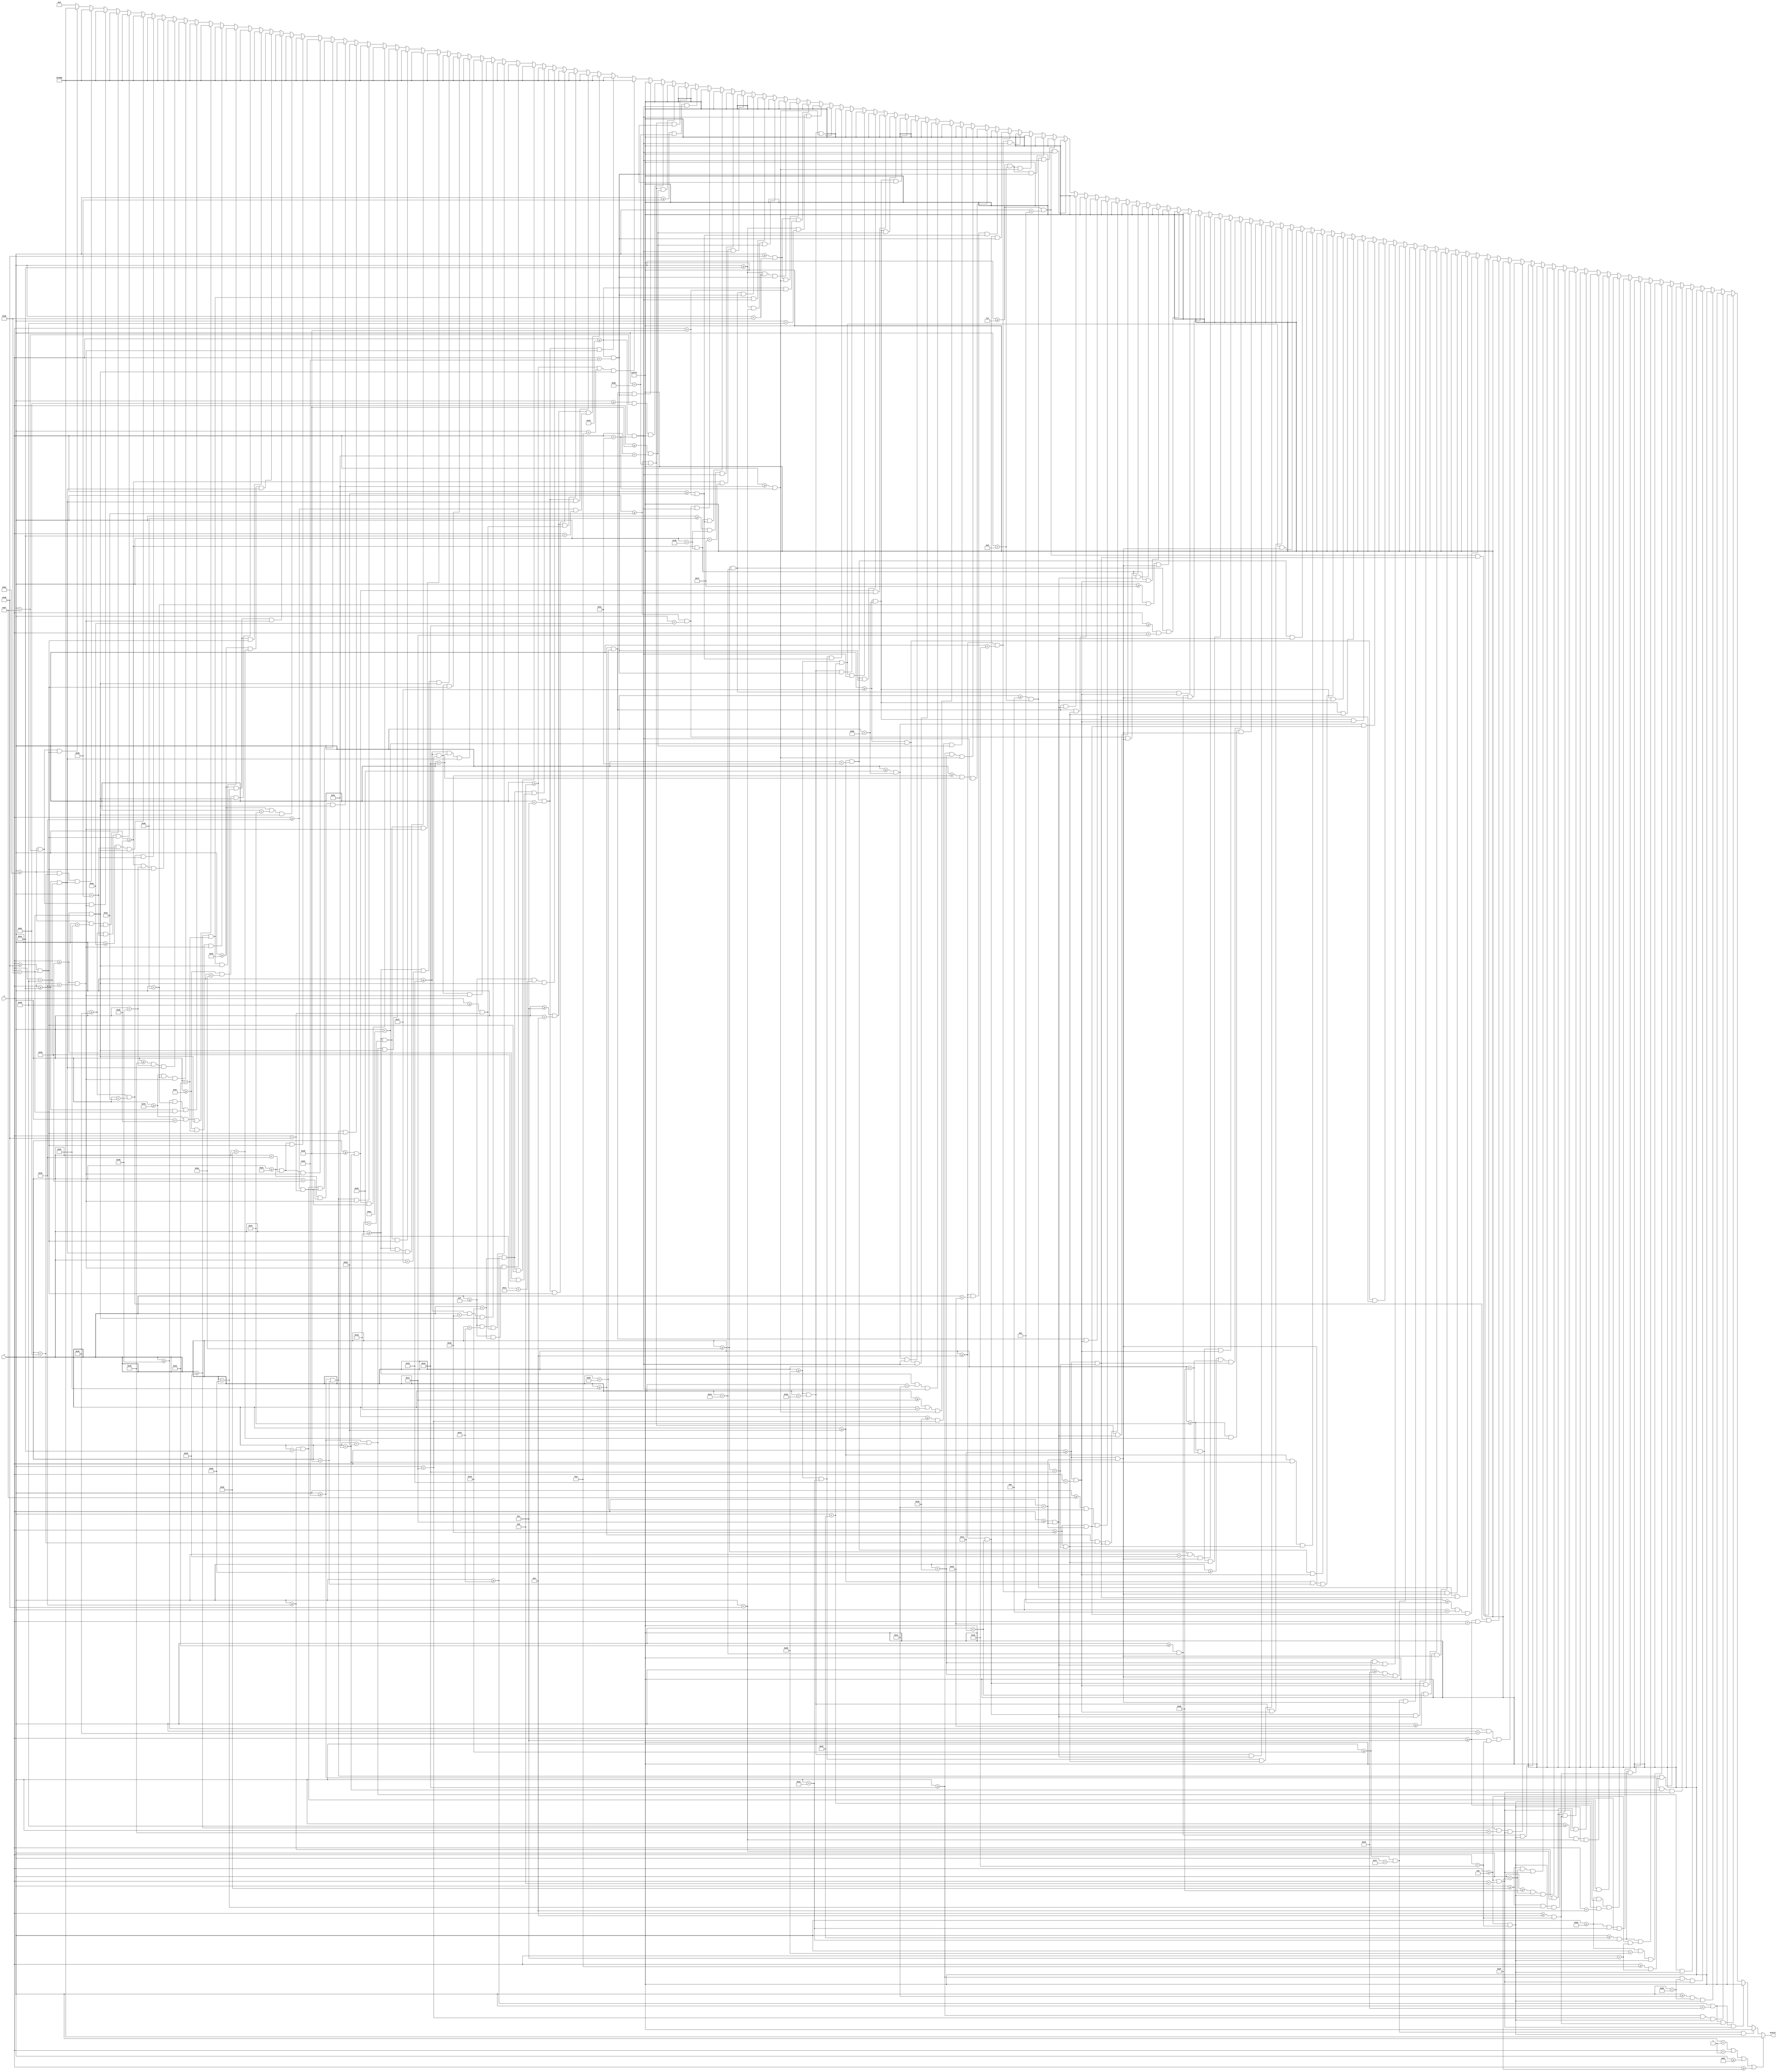
`timescale 1ns / 1ps
//////////////////////////////////////////////////////////////////////////////////
// Company: 
// Engineer: 
// 
// Design Name: 
// Module Name: m2_pretext_scrn
// Project Name: 
// Target Devices: 
// Tool Versions: 
// Description: 
// 
// Dependencies: 
// 
// Revision:
// Revision 0.01 - File Created
// Additional Comments:
// 
//////////////////////////////////////////////////////////////////////////////////


module m2_pretext_scrn(
    input [6:0] x,
    input [5:0] y,
    output reg [15:0] pixels
    );
    
    always @ (*) begin
             if (x < 1 || y < 1 || x >= 95 || y >= 63)                  pixels = 16'hF800;
             
//             M2 pretext
        else if ((x >= 19+2 && x < 19+4) && (y >= 6 && y < 6+10))       pixels = 16'hFFFF;
        else if ((x >= 19 && x < 19+6)   && (y >= 6 && y < 6+2))        pixels = 16'hFFFF;
        else if ((x >= 19 && x < 19+6)   && (y >= 6+8 && y < 6+10))     pixels = 16'hFFFF;
        else if ((x >= 26 && x < 26+2)   && (y >= 6 && y < 6+10))       pixels = 16'hFFFF;
        else if ((x >= 26+4 && x < 26+6) && (y >= 6 && y < 6+10))       pixels = 16'hFFFF;
        else if ((x >= 26 && x < 26+6)   && (y >= 6 && y < 6+2))        pixels = 16'hFFFF;
        else if ((x >= 36 && x < 36+2)   && (y >= 6 && y < 6+10))       pixels = 16'hFFFF;
        else if ((x >= 36 && x < 36+6)   && (y >= 6 && y < 6+2))        pixels = 16'hFFFF;
        else if ((x >= 36 && x < 36+4)   && (y >= 6+4 && y < 6+6))      pixels = 16'hFFFF;
        else if ((x >= 43 && x < 43+2)   && (y >= 6 && y < 6+10))       pixels = 16'hFFFF;
        else if ((x >= 43+4 && x < 43+6) && (y >= 6 && y < 6+6))        pixels = 16'hFFFF;
        else if ((x >= 43+4 && x < 43+6) && (y >= 6+8 && y < 6+10))     pixels = 16'hFFFF;
        else if ((x >= 43 && x < 43+6)   && (y >= 6 && y < 6+2))        pixels = 16'hFFFF;
        else if ((x >= 43 && x < 43+4)   && (y >= 6+6 && y < 6+8))      pixels = 16'hFFFF;
        else if ((x >= 50 && x < 50+2)   && (y >= 6 && y < 6+10))       pixels = 16'hFFFF;
        else if ((x >= 50+4 && x < 50+6) && (y >= 6 && y < 6+10))       pixels = 16'hFFFF;
        else if ((x >= 50 && x < 50+6)   && (y >= 6 && y < 6+2))        pixels = 16'hFFFF;
        else if ((x >= 50 && x < 50+6)   && (y >= 6+8 && y < 6+10))     pixels = 16'hFFFF;
        else if ((x >= 57 && x < 57+2)   && (y >= 6 && y < 6+10))       pixels = 16'hFFFF;
        else if ((x >= 57+4 && x < 57+6) && (y >= 6 && y < 6+10))       pixels = 16'hFFFF;
        else if ((x >= 57 && x < 57+6)   && (y >= 6 && y < 6+2))        pixels = 16'hFFFF;
        else if ((x >= 64+2 && x < 64+4) && (y >= 6 && y < 6+10))       pixels = 16'hFFFF;
        else if ((x >= 64 && x < 64+6)   && (y >= 6 && y < 6+2))        pixels = 16'hFFFF;
        else if ((x >= 72   && x < 72+2) && (y >= 12   && y < 12+4))    pixels = 16'hFFFF;
        else if ((x >= 72+2 && x < 72+4) && (y >= 12 && y < 12+6))      pixels = 16'hFFFF;
        else if ((x >= 7   && x < 7+2) && (y >= 20   && y < 20+6))      pixels = 16'hFFFF;
        else if ((x >= 7+2 && x < 7+4) && (y >= 20+4 && y < 20+10))     pixels = 16'hFFFF;
        else if ((x >= 7+4 && x < 7+6) && (y >= 20   && y < 20+6))      pixels = 16'hFFFF;
        else if ((x >= 14 && x < 14+2)   && (y >= 20 && y < 20+10))     pixels = 16'hFFFF;
        else if ((x >= 14+4 && x < 14+6) && (y >= 20 && y < 20+10))     pixels = 16'hFFFF;
        else if ((x >= 14 && x < 14+6)   && (y >= 20 && y < 20+2))      pixels = 16'hFFFF;
        else if ((x >= 14 && x < 14+6)   && (y >= 20+8 && y < 20+10))   pixels = 16'hFFFF;
        else if ((x >= 21 && x < 21+2)   && (y >= 20 && y < 20+10))     pixels = 16'hFFFF;
        else if ((x >= 21+4 && x < 21+6) && (y >= 20 && y < 20+10))     pixels = 16'hFFFF;
        else if ((x >= 21 && x < 21+6)   && (y >= 20+8 && y < 20+10))   pixels = 16'hFFFF;
        else if ((x >= 31 && x < 31+2)   && (y >= 20 && y < 20+6))      pixels = 16'hFFFF;
        else if ((x >= 31+4 && x < 31+6) && (y >= 20+4 && y < 20+10))   pixels = 16'hFFFF;
        else if ((x >= 31 && x < 31+6)   && (y >= 20 && y < 20+2))      pixels = 16'hFFFF;
        else if ((x >= 31 && x < 31+6)   && (y >= 20+4 && y < 20+6))    pixels = 16'hFFFF;
        else if ((x >= 31 && x < 31+6)   && (y >= 20+8 && y < 20+10))   pixels = 16'hFFFF;
        else if ((x >= 38 && x < 38+2)   && (y >= 20 && y < 20+10))     pixels = 16'hFFFF;
        else if ((x >= 38 && x < 38+6)   && (y >= 20 && y < 20+2))      pixels = 16'hFFFF;
        else if ((x >= 38 && x < 38+4)   && (y >= 20+4 && y < 20+6))    pixels = 16'hFFFF;
        else if ((x >= 38 && x < 38+6)   && (y >= 20+8 && y < 20+10))   pixels = 16'hFFFF;
        else if ((x >= 45 && x < 45+2)   && (y >= 20 && y < 20+10))     pixels = 16'hFFFF;
        else if ((x >= 45 && x < 45+6)   && (y >= 20 && y < 20+2))      pixels = 16'hFFFF;
        else if ((x >= 45 && x < 45+4)   && (y >= 20+4 && y < 20+6))    pixels = 16'hFFFF;
        else if ((x >= 45 && x < 45+6)   && (y >= 20+8 && y < 20+10))   pixels = 16'hFFFF;
        else if ((x >= 55 && x < 55+2)   && (y >= 20 && y < 20+10))     pixels = 16'hFFFF;
        else if ((x >= 55+4 && x < 55+6) && (y >= 20 && y < 20+6))      pixels = 16'hFFFF;
        else if ((x >= 55 && x < 55+6)   && (y >= 20 && y < 20+2))      pixels = 16'hFFFF;
        else if ((x >= 55 && x < 55+6)   && (y >= 20+4 && y < 20+6))    pixels = 16'hFFFF;
        else if ((x >= 62 && x < 62+2)   && (y >= 20 && y < 20+10))     pixels = 16'hFFFF;
        else if ((x >= 62+4 && x < 62+6) && (y >= 20 && y < 20+10))     pixels = 16'hFFFF;
        else if ((x >= 62 && x < 62+6)   && (y >= 20 && y < 20+2))      pixels = 16'hFFFF;
        else if ((x >= 62 && x < 62+6)   && (y >= 20+6 && y < 20+8))    pixels = 16'hFFFF;
        else if ((x >= 69+2 && x < 69+4) && (y >= 20 && y < 20+10))     pixels = 16'hFFFF;
        else if ((x >= 69 && x < 69+6)   && (y >= 20 && y < 20+2))      pixels = 16'hFFFF;
        else if ((x >= 69 && x < 69+6)   && (y >= 20+8 && y < 20+10))   pixels = 16'hFFFF;
        else if ((x >= 76 && x < 76+2)   && (y >= 20 && y < 20+10))     pixels = 16'hFFFF;
        else if ((x >= 76 && x < 76+6)   && (y >= 20+8 && y < 20+10))   pixels = 16'hFFFF;
        else if ((x >= 83 && x < 83+2)   && (y >= 20 && y < 20+6))      pixels = 16'hFFFF;
        else if ((x >= 83+4 && x < 83+6) && (y >= 20+4 && y < 20+10))   pixels = 16'hFFFF;
        else if ((x >= 83 && x < 83+6)   && (y >= 20 && y < 20+2))      pixels = 16'hFFFF;
        else if ((x >= 83 && x < 83+6)   && (y >= 20+4 && y < 20+6))    pixels = 16'hFFFF;
        else if ((x >= 83 && x < 83+6)   && (y >= 20+8 && y < 20+10))   pixels = 16'hFFFF;
        else if ((x >= 7 && x < 7+2)   && (y >= 34 && y < 34+10))       pixels = 16'hFFFF;
        else if ((x >= 7+4 && x < 7+6) && (y >= 34 && y < 34+10))       pixels = 16'hFFFF;
        else if ((x >= 7 && x < 7+6)   && (y >= 34 && y < 34+2))        pixels = 16'hFFFF;
        else if ((x >= 7 && x < 7+6)   && (y >= 34+8 && y < 34+10))     pixels = 16'hFFFF;
        else if ((x >= 14 && x < 14+2)   && (y >= 34 && y < 34+10))     pixels = 16'hFFFF;
        else if ((x >= 14 && x < 14+6)   && (y >= 34 && y < 34+2))      pixels = 16'hFFFF;
        else if ((x >= 14 && x < 14+4)   && (y >= 34+4 && y < 34+6))    pixels = 16'hFFFF;
        else if ((x >= 24 && x < 24+2)   && (y >= 34 && y < 34+10))     pixels = 16'hFFFF;
        else if ((x >= 24+2 && x < 24+3) && (y >= 34+8 && y < 34+10))   pixels = 16'hFFFF;
        else if ((x >= 24+3 && x < 24+4) && (y >= 34+6 && y < 34+8))    pixels = 16'hFFFF;
        else if ((x >= 24+4 && x < 24+5) && (y >= 34+8 && y < 34+10))   pixels = 16'hFFFF;
        else if ((x >= 24+5 && x < 24+6) && (y >= 34 && y < 34+10))     pixels = 16'hFFFF;
        else if ((x >= 31 && x < 31+2)   && (y >= 34 && y < 34+10))     pixels = 16'hFFFF;
        else if ((x >= 31+4 && x < 31+6) && (y >= 34 && y < 34+10))     pixels = 16'hFFFF;
        else if ((x >= 31 && x < 31+6)   && (y >= 34 && y < 34+2))      pixels = 16'hFFFF;
        else if ((x >= 31 && x < 31+6)   && (y >= 34+6 && y < 34+8))    pixels = 16'hFFFF;
        else if ((x >= 38+2 && x < 38+4) && (y >= 34 && y < 34+10))     pixels = 16'hFFFF;
        else if ((x >= 38 && x < 38+6)   && (y >= 34 && y < 34+2))      pixels = 16'hFFFF;
        else if ((x >= 45 && x < 45+2)   && (y >= 34 && y < 34+10))     pixels = 16'hFFFF;
        else if ((x >= 45 && x < 45+6)   && (y >= 34 && y < 34+2))      pixels = 16'hFFFF;
        else if ((x >= 45 && x < 45+4)   && (y >= 34+4 && y < 34+6))    pixels = 16'hFFFF;
        else if ((x >= 45 && x < 45+6)   && (y >= 34+8 && y < 34+10))   pixels = 16'hFFFF;
        else if ((x >= 52 && x < 52+2)   && (y >= 34 && y < 34+10))     pixels = 16'hFFFF;
        else if ((x >= 52+4 && x < 52+6) && (y >= 34 && y < 34+6))      pixels = 16'hFFFF;
        else if ((x >= 52+4 && x < 52+6) && (y >= 34+8 && y < 34+10))   pixels = 16'hFFFF;
        else if ((x >= 52 && x < 52+6)   && (y >= 34 && y < 34+2))      pixels = 16'hFFFF;
        else if ((x >= 52 && x < 52+4)   && (y >= 34+6 && y < 34+8))    pixels = 16'hFFFF;
        else if ((x >= 62+2 && x < 62+4) && (y >= 34 && y < 34+10))     pixels = 16'hFFFF;
        else if ((x >= 62 && x < 62+6)   && (y >= 34 && y < 34+2))      pixels = 16'hFFFF;
        else if ((x >= 69 && x < 69+2)   && (y >= 34 && y < 34+10))     pixels = 16'hFFFF;
        else if ((x >= 69+4 && x < 69+6) && (y >= 34 && y < 34+10))     pixels = 16'hFFFF;
        else if ((x >= 69 && x < 69+6)   && (y >= 34+4 && y < 34+6))    pixels = 16'hFFFF;
        else if ((x >= 76 && x < 76+2)   && (y >= 34 && y < 34+10))     pixels = 16'hFFFF;
        else if ((x >= 76+4 && x < 76+6) && (y >= 34 && y < 34+10))     pixels = 16'hFFFF;
        else if ((x >= 76 && x < 76+6)   && (y >= 34 && y < 34+2))      pixels = 16'hFFFF;
        else if ((x >= 76 && x < 76+6)   && (y >= 34+6 && y < 34+8))    pixels = 16'hFFFF;
        else if ((x >= 83+2 && x < 83+4) && (y >= 34 && y < 34+10))     pixels = 16'hFFFF;
        else if ((x >= 83 && x < 83+6)   && (y >= 34 && y < 34+2))      pixels = 16'hFFFF;
        else if ((x >= 8 && x < 8+2)   && (y >= 48 && y < 48+10))       pixels = 16'hF800;
        else if ((x >= 8 && x < 8+4)   && (y >= 48 && y < 48+2))        pixels = 16'hF800;
        else if ((x >= 8+4 && x < 8+6) && (y >= 48+2 && y < 48+4))      pixels = 16'hF800;
        else if ((x >= 8 && x < 8+4)   && (y >= 48+4 && y < 48+6))      pixels = 16'hF800;
        else if ((x >= 8+4 && x < 8+6) && (y >= 48+6 && y < 48+8))      pixels = 16'hF800;
        else if ((x >= 8 && x < 8+4)   && (y >= 48+8 && y < 48+10))     pixels = 16'hF800;
        else if ((x >= 15 && x < 15+2)   && (y >= 48 && y < 48+10))     pixels = 16'hF800;
        else if ((x >= 15+4 && x < 15+6) && (y >= 48 && y < 48+6))      pixels = 16'hF800;
        else if ((x >= 15+4 && x < 15+6) && (y >= 48+8 && y < 48+10))   pixels = 16'hF800;
        else if ((x >= 15 && x < 15+6)   && (y >= 48 && y < 48+2))      pixels = 16'hF800;
        else if ((x >= 15 && x < 15+4)   && (y >= 48+6 && y < 48+8))    pixels = 16'hF800;
        else if ((x >= 22 && x < 22+2)   && (y >= 48 && y < 48+10))     pixels = 16'hF800;
        else if ((x >= 22 && x < 22+6)   && (y >= 48 && y < 48+2))      pixels = 16'hF800;
        else if ((x >= 22 && x < 22+4)   && (y >= 48+4 && y < 48+6))    pixels = 16'hF800;
        else if ((x >= 22 && x < 22+6)   && (y >= 48+8 && y < 48+10))   pixels = 16'hF800;
        else if ((x >= 29 && x < 29+2)   && (y >= 48 && y < 48+10))     pixels = 16'hF800;
        else if ((x >= 29 && x < 29+6)   && (y >= 48 && y < 48+2))      pixels = 16'hF800;
        else if ((x >= 29 && x < 29+4)   && (y >= 48+4 && y < 48+6))    pixels = 16'hF800;
        else if ((x >= 29 && x < 29+6)   && (y >= 48+8 && y < 48+10))   pixels = 16'hF800;
        else if ((x >= 36 && x < 36+2)   && (y >= 48 && y < 48+10))     pixels = 16'hF800;
        else if ((x >= 36+4 && x < 36+6) && (y >= 48+2 && y < 48+8))    pixels = 16'hF800;
        else if ((x >= 36 && x < 36+4)   && (y >= 48 && y < 48+2))      pixels = 16'hF800;
        else if ((x >= 36 && x < 36+4)   && (y >= 48+8 && y < 48+10))   pixels = 16'hF800;
        else if ((x >= 46 && x < 46+2)   && (y >= 48 && y < 48+10))     pixels = 16'hF800;
        else if ((x >= 46+4 && x < 46+6) && (y >= 48+2 && y < 48+8))    pixels = 16'hF800;
        else if ((x >= 46 && x < 46+4)   && (y >= 48 && y < 48+2))      pixels = 16'hF800;
        else if ((x >= 46 && x < 46+4)   && (y >= 48+8 && y < 48+10))   pixels = 16'hF800;
        else if ((x >= 53 && x < 53+2)   && (y >= 48 && y < 48+10))     pixels = 16'hF800;
        else if ((x >= 53 && x < 53+6)   && (y >= 48 && y < 48+2))      pixels = 16'hF800;
        else if ((x >= 53 && x < 53+4)   && (y >= 48+4 && y < 48+6))    pixels = 16'hF800;
        else if ((x >= 53 && x < 53+6)   && (y >= 48+8 && y < 48+10))   pixels = 16'hF800;
        else if ((x >= 60 && x < 60+2)   && (y >= 48 && y < 48+10))     pixels = 16'hF800;
        else if ((x >= 60+4 && x < 60+6) && (y >= 48 && y < 48+10))     pixels = 16'hF800;
        else if ((x >= 60 && x < 60+6)   && (y >= 48 && y < 48+2))      pixels = 16'hF800;
        else if ((x >= 67 && x < 67+2)   && (y >= 48 && y < 48+10))     pixels = 16'hF800;
        else if ((x >= 67+5 && x < 67+6) && (y >= 48+4 && y < 48+10))   pixels = 16'hF800;
        else if ((x >= 67 && x < 67+6)   && (y >= 48 && y < 48+2))      pixels = 16'hF800;
        else if ((x >= 67+3 && x < 67+5) && (y >= 48+4 && y < 48+6))    pixels = 16'hF800;
        else if ((x >= 67+2 && x < 67+5) && (y >= 48+8 && y < 48+10))   pixels = 16'hF800;
        else if ((x >= 74 && x < 74+2)   && (y >= 48 && y < 48+10))     pixels = 16'hF800;
        else if ((x >= 74+4 && x < 74+6) && (y >= 48 && y < 48+10))     pixels = 16'hF800;
        else if ((x >= 74 && x < 74+6)   && (y >= 48+8 && y < 48+10))   pixels = 16'hF800;
        else if ((x >= 81 && x < 81+2)   && (y >= 48 && y < 48+10))     pixels = 16'hF800;
        else if ((x >= 81 && x < 81+6)   && (y >= 48 && y < 48+2))      pixels = 16'hF800;
        else if ((x >= 81 && x < 81+4)   && (y >= 48+4 && y < 48+6))    pixels = 16'hF800;
        else if ((x >= 81 && x < 81+6)   && (y >= 48+8 && y < 48+10))   pixels = 16'hF800;
        else pixels = 16'h0000;
    end

endmodule